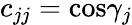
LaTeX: c_{jj}=\mathrm{cos}\gamma_{j}